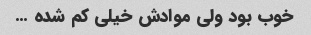
خوب بود ولی موادش خیلی کم شده …